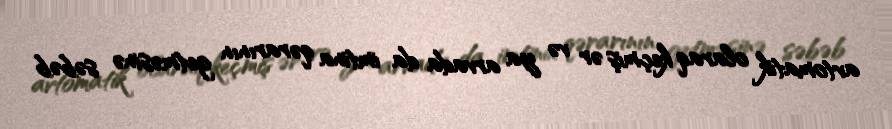
avtomatik olaraq keçmiş ər və ya arvada da imtina qərarının getməsinə səbəb